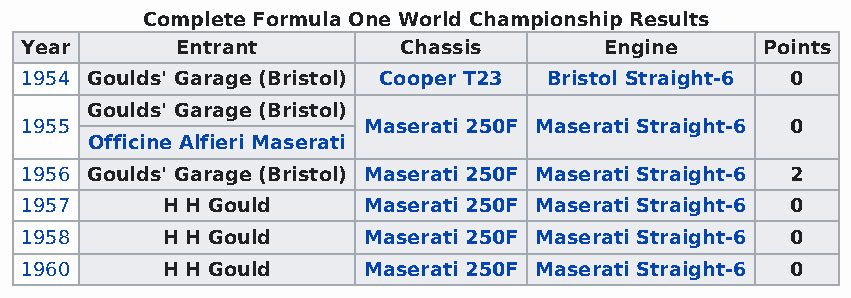
Complete Formula One World Championship Results
 Year       Entrant       Chassis       Engine    Points
 1954 Goulds' Garage (Bristol) Cooper T23 Bristol Straight-6 0
 Goulds' Garage (Bristol)
 1955                   Maserati 250F Maserati Straight-6 0
 Officine Alfieri Maserati
 1956 Goulds' Garage (Bristol) Maserati 250F Maserati Straight-6 2
 1957      H H Gould    Maserati 250F Maserati Straight-6 0
 1958      H H Gould    Maserati 250F Maserati Straight-6 0
 1960      H H Gould    Maserati 250F Maserati Straight-6 0